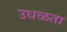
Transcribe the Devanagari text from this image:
उधळता